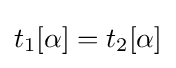
t_{1}[\alpha ]=t_{2}[\alpha ]